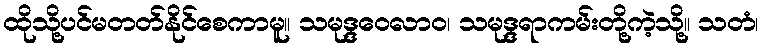
ထိုသို့ပင်မတတ်နိုင်စေကာမူ။ သမုဒ္ဒဝေလာဝ၊ သမုဒ္ဒရာကမ်းတို့ကဲ့သို့။ သတံ၊